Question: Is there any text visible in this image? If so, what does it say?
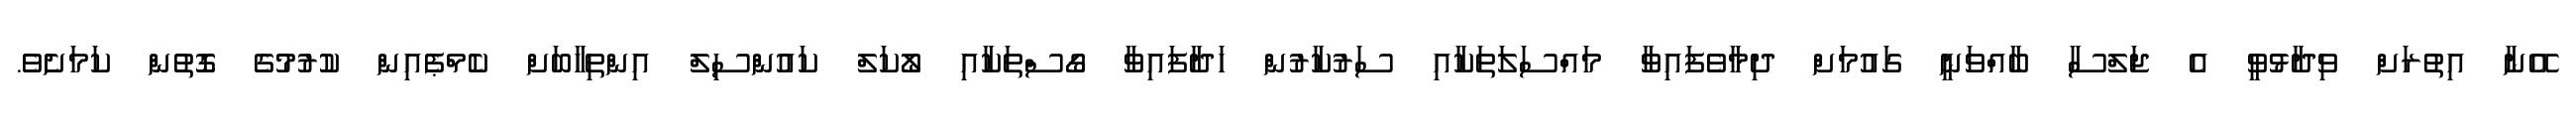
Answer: އޭނާ އިތުރަށް ވިދާޅުވީ އެ ޖަލްސާ ބާއްވަނީ ގައުމަށް ދިމާވެފައިވާ މައްސަލަތަކާއި ސަރުކާރުން ހަދާފައިވާ ގޯސްތަކާއި ލޯކަލް ކައުންސިލް އިންތިހާބަށް ކެމްޕެއިން ކުރުމުގެ ގޮތުން ކަމަށެވެ.